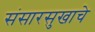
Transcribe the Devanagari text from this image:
संसारसुखाचे